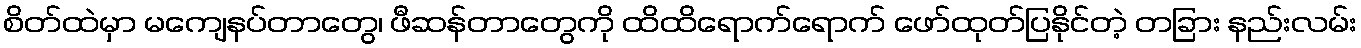
စိတ်ထဲမှာ မကျေနပ်တာတွေ၊ ဖီဆန်တာတွေကို ထိထိရောက်ရောက် ဖော်ထုတ်ပြနိုင်တဲ့ တခြား နည်းလမ်း